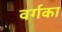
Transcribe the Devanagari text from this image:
वर्गका